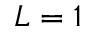
L = 1